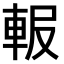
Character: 𨋚